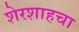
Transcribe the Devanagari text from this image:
शेरशाहचा